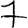
Digit: 7